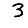
Digit: 3